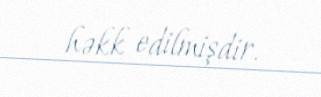
həkk edilmişdir.